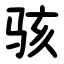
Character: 骇